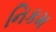
નિકમ